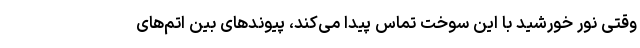
وقتی نور خورشید با این سوخت تماس پیدا می‌کند، پیوندهای بین اتم‌های